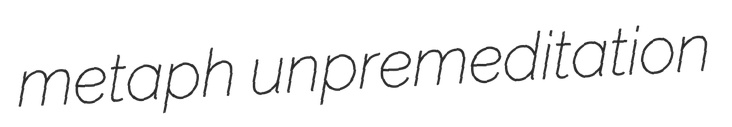
metaph unpremeditation